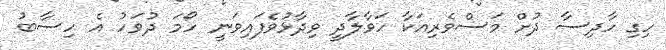
ހިގި ހާދިސާ ދުށް މަސްވެރިއަކާ ހަވާލާދީ ވިދާޅުވެފައިވަނީ ހޯމަ ދުވަހު އެ ހިސާބު